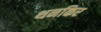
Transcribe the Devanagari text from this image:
थनकिर